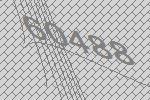
60488